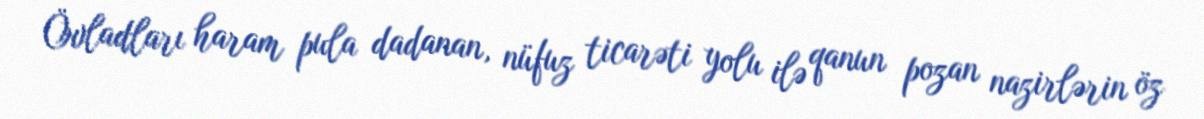
Övladları haram pula dadanan, nüfuz ticarəti yolu ilə qanun pozan nazirlərin öz